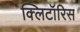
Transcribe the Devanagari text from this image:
क्लिटॉरिस